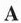
A